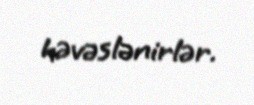
həvəslənirlər.